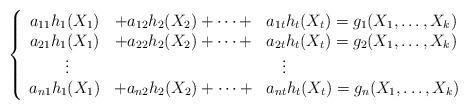
LaTeX: \begin{align*}\left \{\begin{array}{ccl}a_{11}h_1(X_1) & + a_{12}h_2(X_2) + \cdots + & a_{1t}h_t(X_t) = g_1(X_1, \ldots,X_k) \\a_{21}h_1(X_1) & + a_{22}h_2(X_2) + \cdots + & a_{2t}h_t(X_t) = g_2(X_1, \ldots,X_k) \\\;\vdots & &\quad\vdots \\a_{n1}h_1(X_1) &+ a_{n2}h_2(X_2) + \cdots +& a_{nt}h_t(X_t) = g_n(X_1, \ldots,X_k)\end{array}\right.\end{align*}